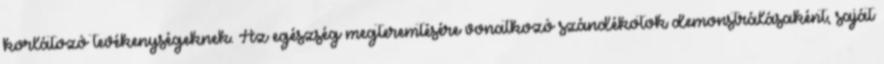
korlátozó tevékenységeknek. Az egészség megteremtésére vonatkozó szándékotok demonstrálásaként, saját